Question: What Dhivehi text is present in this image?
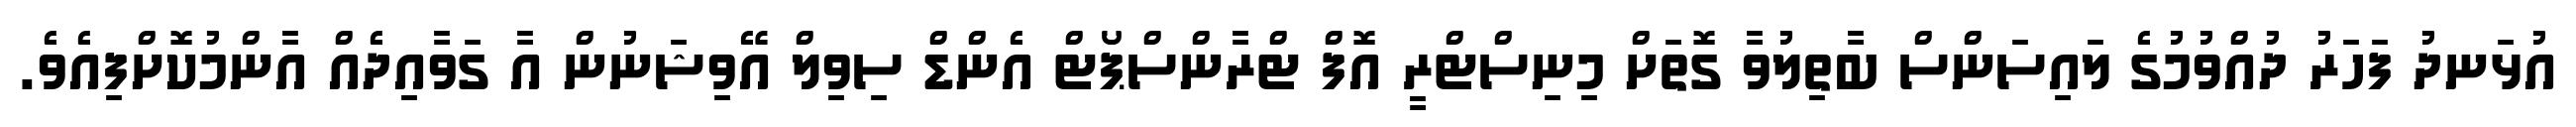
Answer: އުޅަނދު ފަހަރު ދުއްވުމުގެ ލައިސަންސް ބާތިލުވާ ގޮތަށް މިނިސްޓްރީ އޮފް ޓްރާންސްޕޯޓް އެންޑް ސިވިލް އޭވިޝަނުން އާ ގަވާއިދެއް އާންމުކޮށްފިއެވެ.